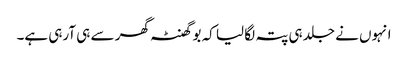
انہوں نے جلد ہی پتہ لگا لیا کہ بو گھنٹہ گھر سے ہی آرہی ہے۔